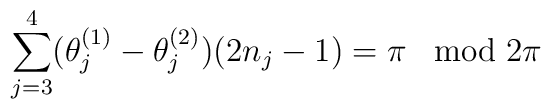
\sum_{j=3}^4 (\theta_j^{(1)}-\theta_j^{(2)}) (2n_j -1)=\pi\;\;  \bmod 2\pi